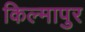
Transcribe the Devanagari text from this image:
किल्मापुर